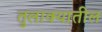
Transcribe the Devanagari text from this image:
तुलाक्यातील